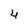
Character: 4